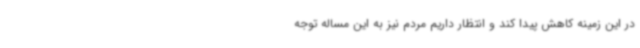
در این زمینه کاهش پیدا کند و انتظار داریم مردم نیز به این مساله توجه